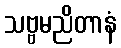
သဗ္ဗမညိတာနံ